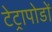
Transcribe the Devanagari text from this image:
टेट्रापोडों